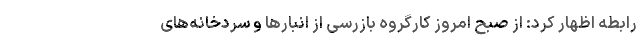
رابطه اظهار کرد: از صبح امروز کارگروه بازرسی از انبارها و سردخانه‌های